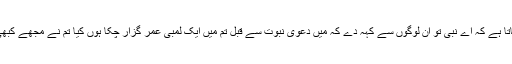
اس آیت میں اللہ تعالیٰ فرماتا ہے کہ اے نبی تو ان لوگوں سے کہہ دے کہ میں دعویٰ نبوت سے قبل تم میں ایک لمبی عمر گزار چکا ہوں کیا تم نے مجھے کبھی جھوٹ بولتے دیکھا ہے۔